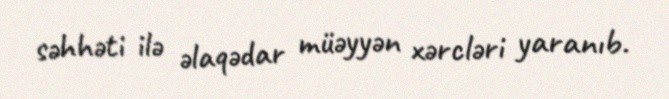
səhhəti ilə əlaqədar müəyyən xərcləri yaranıb.